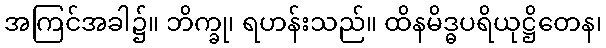
အကြင်အခါ၌။ ဘိက္ခု၊ ရဟန်းသည်။ ထိနမိဒ္ဓပရိယုဋ္ဌိတေန၊